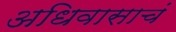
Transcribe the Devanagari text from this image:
अधिवासाचं